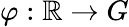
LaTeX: \varphi:\mathbb{R}\to G